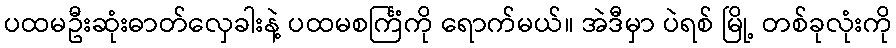
ပထမဦးဆုံးဓာတ်လှေခါးနဲ့ ပထမစင်္ကြံကို ရောက်မယ်။ အဲဒီမှာ ပဲရစ် မြို့ တစ်ခုလုံးကို